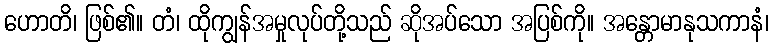
ဟောတိ၊ ဖြစ်၏။ တံ၊ ထိုကျွန်အမှုလုပ်တို့သည် ဆိုအပ်သော အပြစ်ကို။ အန္တောမာနုသကာနံ၊